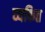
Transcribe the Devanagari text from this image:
व्‍यकित